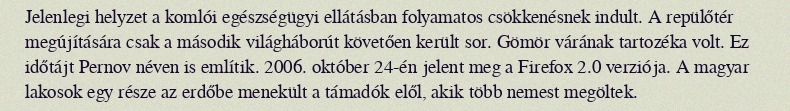
Jelenlegi helyzet a komlói egészségügyi ellátásban folyamatos csökkenésnek indult. A repülőtér megújítására csak a második világháborút követően került sor. Gömör várának tartozéka volt. Ez időtájt Pernov néven is említik. 2006. október 24-én jelent meg a Firefox 2.0 verziója. A magyar lakosok egy része az erdőbe menekült a támadók elől, akik több nemest megöltek.